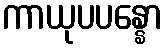
ကာယုပပန္နော